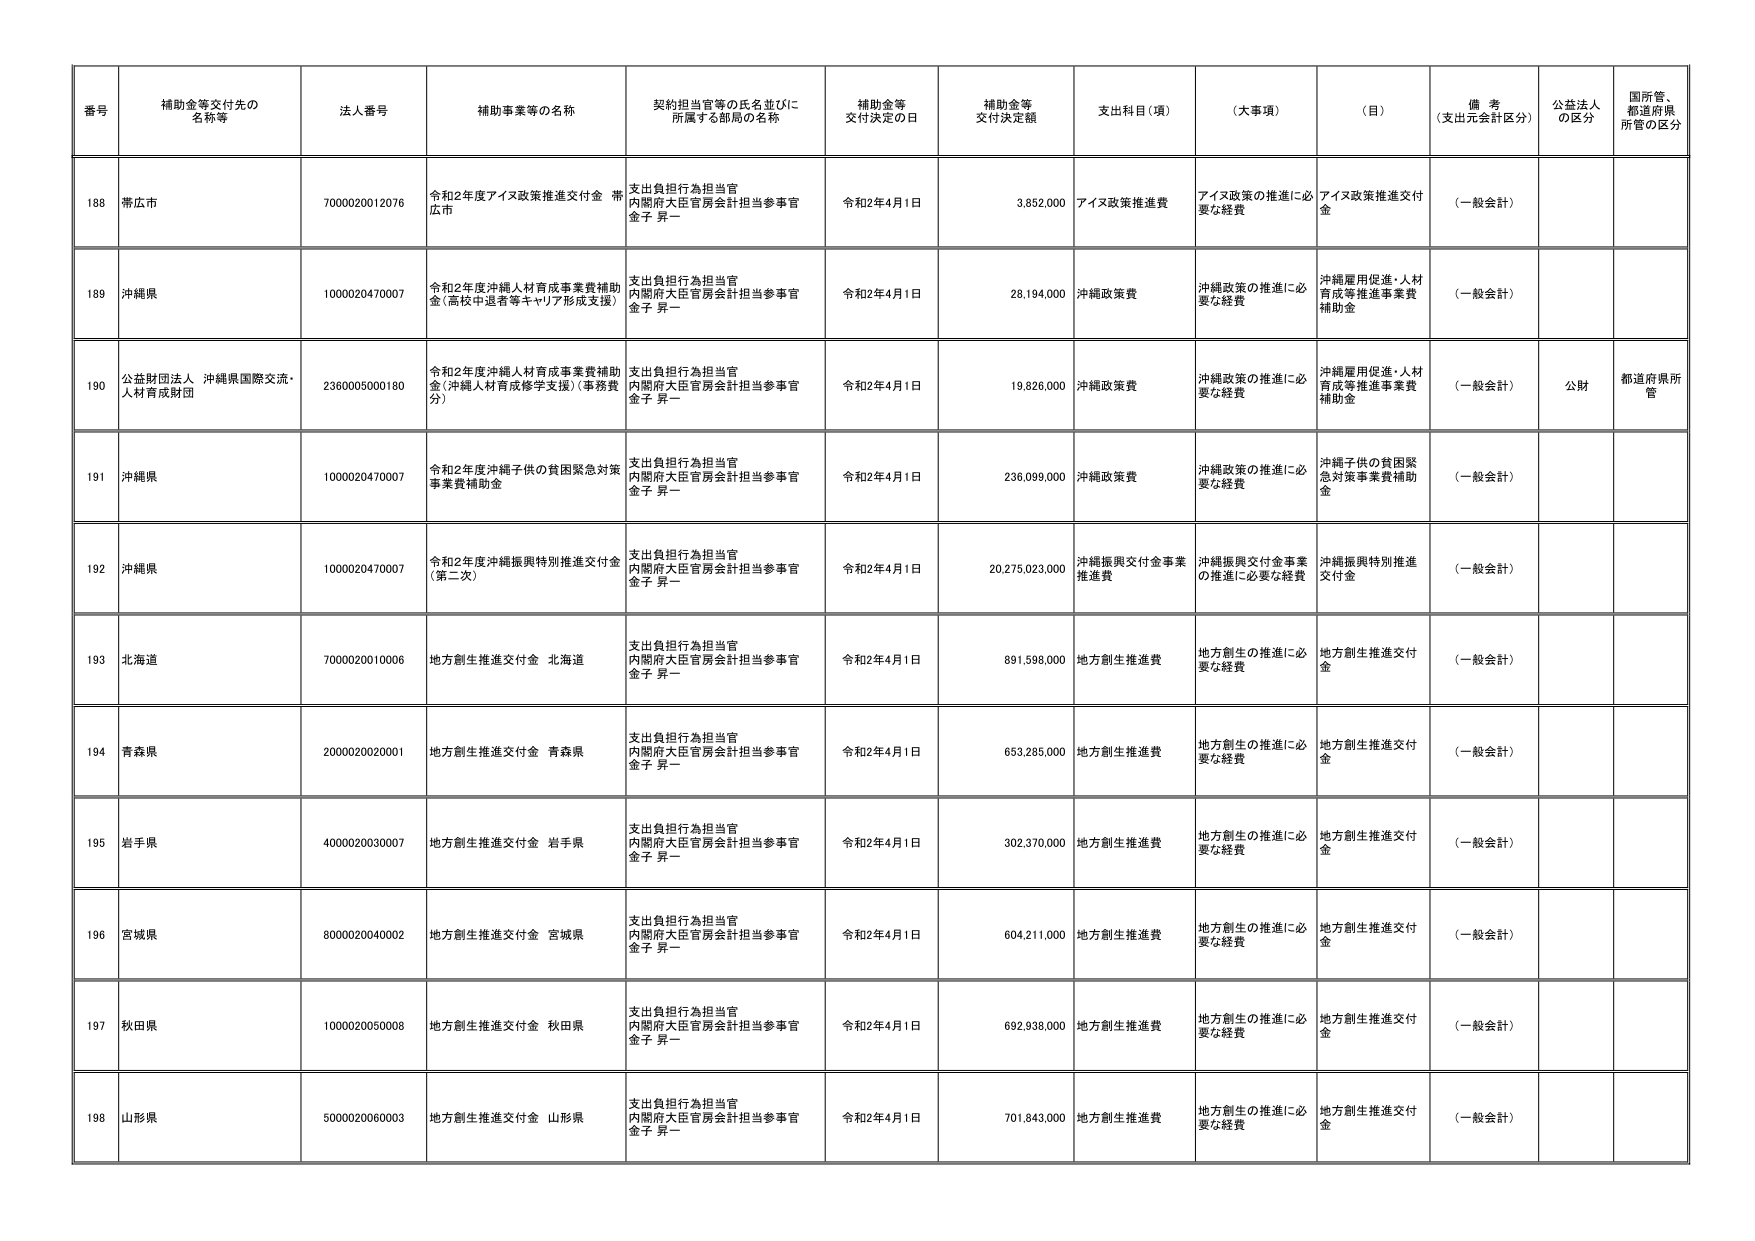
番号 補助金等交付先の名称等 法人番号 補助事業等の名称 契約担当官等の氏名並びに所属する部局の名称 補助金等交付決定の日 補助金等交付決定額 支出科目（項） （大事項） （目） 備考（支出元会計区分） 公益法人の区分 国所管、都道府県所管の区分

188 帯広市 7000020012076 令和2年度アイヌ政策推進交付金 帯広市 支出負担行為担当官 内閣府大臣官房会計担当参事官 金子 昇一 令和2年4月1日 3,852,000 アイヌ政策推進費 アイヌ政策の推進に必要な経費 アイヌ政策推進交付金 （一般会計）

189 沖縄県 1000020470007 令和2年度沖縄人材育成事業費補助金（高校中退者等キャリア形成支援） 支出負担行為担当官 内閣府大臣官房会計担当参事官 金子 昇一 令和2年4月1日 28,194,000 沖縄政策費 沖縄政策の推進に必要な経費 沖縄雇用促進・人材育成等推進事業費補助金 （一般会計）

190 公益財団法人 沖縄県国際交流・人材育成財団 2360005000180 令和2年度沖縄人材育成事業費補助金（沖縄人材育成修学支援）（事務費分） 支出負担行為担当官 内閣府大臣官房会計担当参事官 金子 昇一 令和2年4月1日 19,826,000 沖縄政策費 沖縄政策の推進に必要な経費 沖縄雇用促進・人材育成等推進事業費補助金 （一般会計） 公財 都道府県所管

191 沖縄県 1000020470007 令和2年度沖縄子供の貧困緊急対策事業費補助金 支出負担行為担当官 内閣府大臣官房会計担当参事官 金子 昇一 令和2年4月1日 236,099,000 沖縄政策費 沖縄政策の推進に必要な経費 沖縄子供の貧困緊急対策事業費補助金 （一般会計）

192 沖縄県 1000020470007 令和2年度沖縄振興特別推進交付金（第二次） 支出負担行為担当官 内閣府大臣官房会計担当参事官 金子 昇一 令和2年4月1日 20,275,023,000 沖縄振興交付金事業推進費 沖縄振興交付金事業の推進に必要な経費 沖縄振興特別推進交付金 （一般会計）

193 北海道 7000020010006 地方創生推進交付金 北海道 支出負担行為担当官 内閣府大臣官房会計担当参事官 金子 昇一 令和2年4月1日 891,598,000 地方創生推進費 地方創生の推進に必要な経費 地方創生推進交付金 （一般会計）

194 青森県 2000020020001 地方創生推進交付金 青森県 支出負担行為担当官 内閣府大臣官房会計担当参事官 金子 昇一 令和2年4月1日 653,285,000 地方創生推進費 地方創生の推進に必要な経費 地方創生推進交付金 （一般会計）

195 岩手県 4000020030007 地方創生推進交付金 岩手県 支出負担行為担当官 内閣府大臣官房会計担当参事官 金子 昇一 令和2年4月1日 302,370,000 地方創生推進費 地方創生の推進に必要な経費 地方創生推進交付金 （一般会計）

196 宮城県 8000020040002 地方創生推進交付金 宮城県 支出負担行為担当官 内閣府大臣官房会計担当参事官 金子 昇一 令和2年4月1日 604,211,000 地方創生推進費 地方創生の推進に必要な経費 地方創生推進交付金 （一般会計）

197 秋田県 1000020050008 地方創生推進交付金 秋田県 支出負担行為担当官 内閣府大臣官房会計担当参事官 金子 昇一 令和2年4月1日 692,938,000 地方創生推進費 地方創生の推進に必要な経費 地方創生推進交付金 （一般会計）

198 山形県 5000020060003 地方創生推進交付金 山形県 支出負担行為担当官 内閣府大臣官房会計担当参事官 金子 昇一 令和2年4月1日 701,843,000 地方創生推進費 地方創生の推進に必要な経費 地方創生推進交付金 （一般会計）